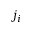
j _ { i }